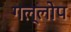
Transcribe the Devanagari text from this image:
गल्लोप